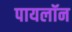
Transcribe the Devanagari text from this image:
पायलॉन